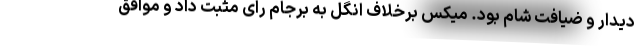
دیدار و ضیافت شام بود. میکس برخلاف انگل به برجام رای مثبت داد و موافق